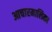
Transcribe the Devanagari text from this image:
आचारमालिका